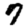
Digit: 7